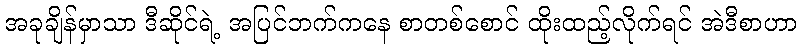
အခုချိန်မှာသာ ဒီဆိုင်ရဲ့ အပြင်ဘက်ကနေ စာတစ်စောင် ထိုးထည့်လိုက်ရင် အဲဒီစာဟာ